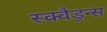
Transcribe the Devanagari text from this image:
स्क्वैड्रन्स